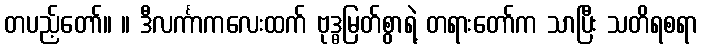
တပည့်တော်။ ။ ဒီလင်္ကာကလေးထက် ဗုဒ္ဓမြတ်စွာရဲ့ တရားတော်က သာပြီး သတိရစရာ